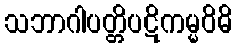
သဘာဂါပတ္တိပဋိကမ္မဝိဓိ